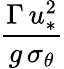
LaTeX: \frac{\Gamma\, u_{*}^{2}}{g\, \sigma_{\theta}}